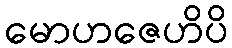
မောဟဇေဟိပိ